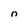
Character: n